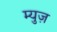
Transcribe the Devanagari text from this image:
म्युज़